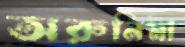
অরুনিমা